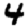
Digit: 4